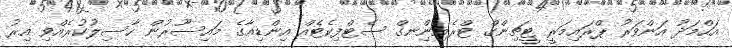
އަހްމަދު އަންވަރު ޕްރައިމަރީ ޓީޗިންގް ޓްރެއިންިނގް ސެޓްފިކެޓެއް އިންޑިއާގެ މައިސޫރުން ހާސިލުކުރެއްވި އިރު